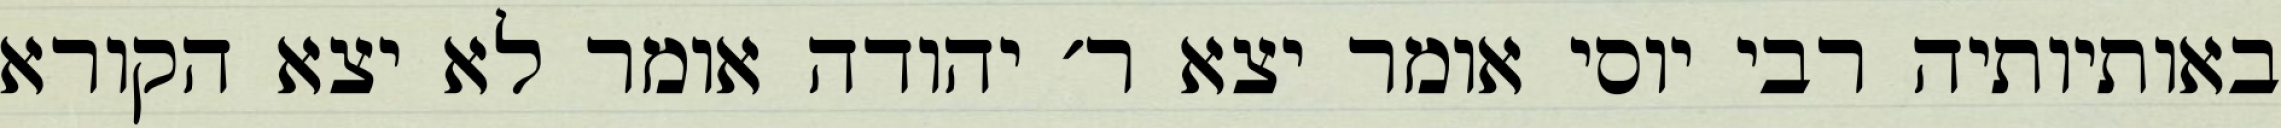
באותיותיה רבי יוסי אומר יצא ר׳ יהודה אומר לא יצא הקורא